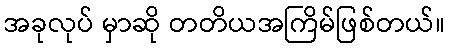
အခုလုပ် မှာဆို တတိယအကြိမ်ဖြစ်တယ်။